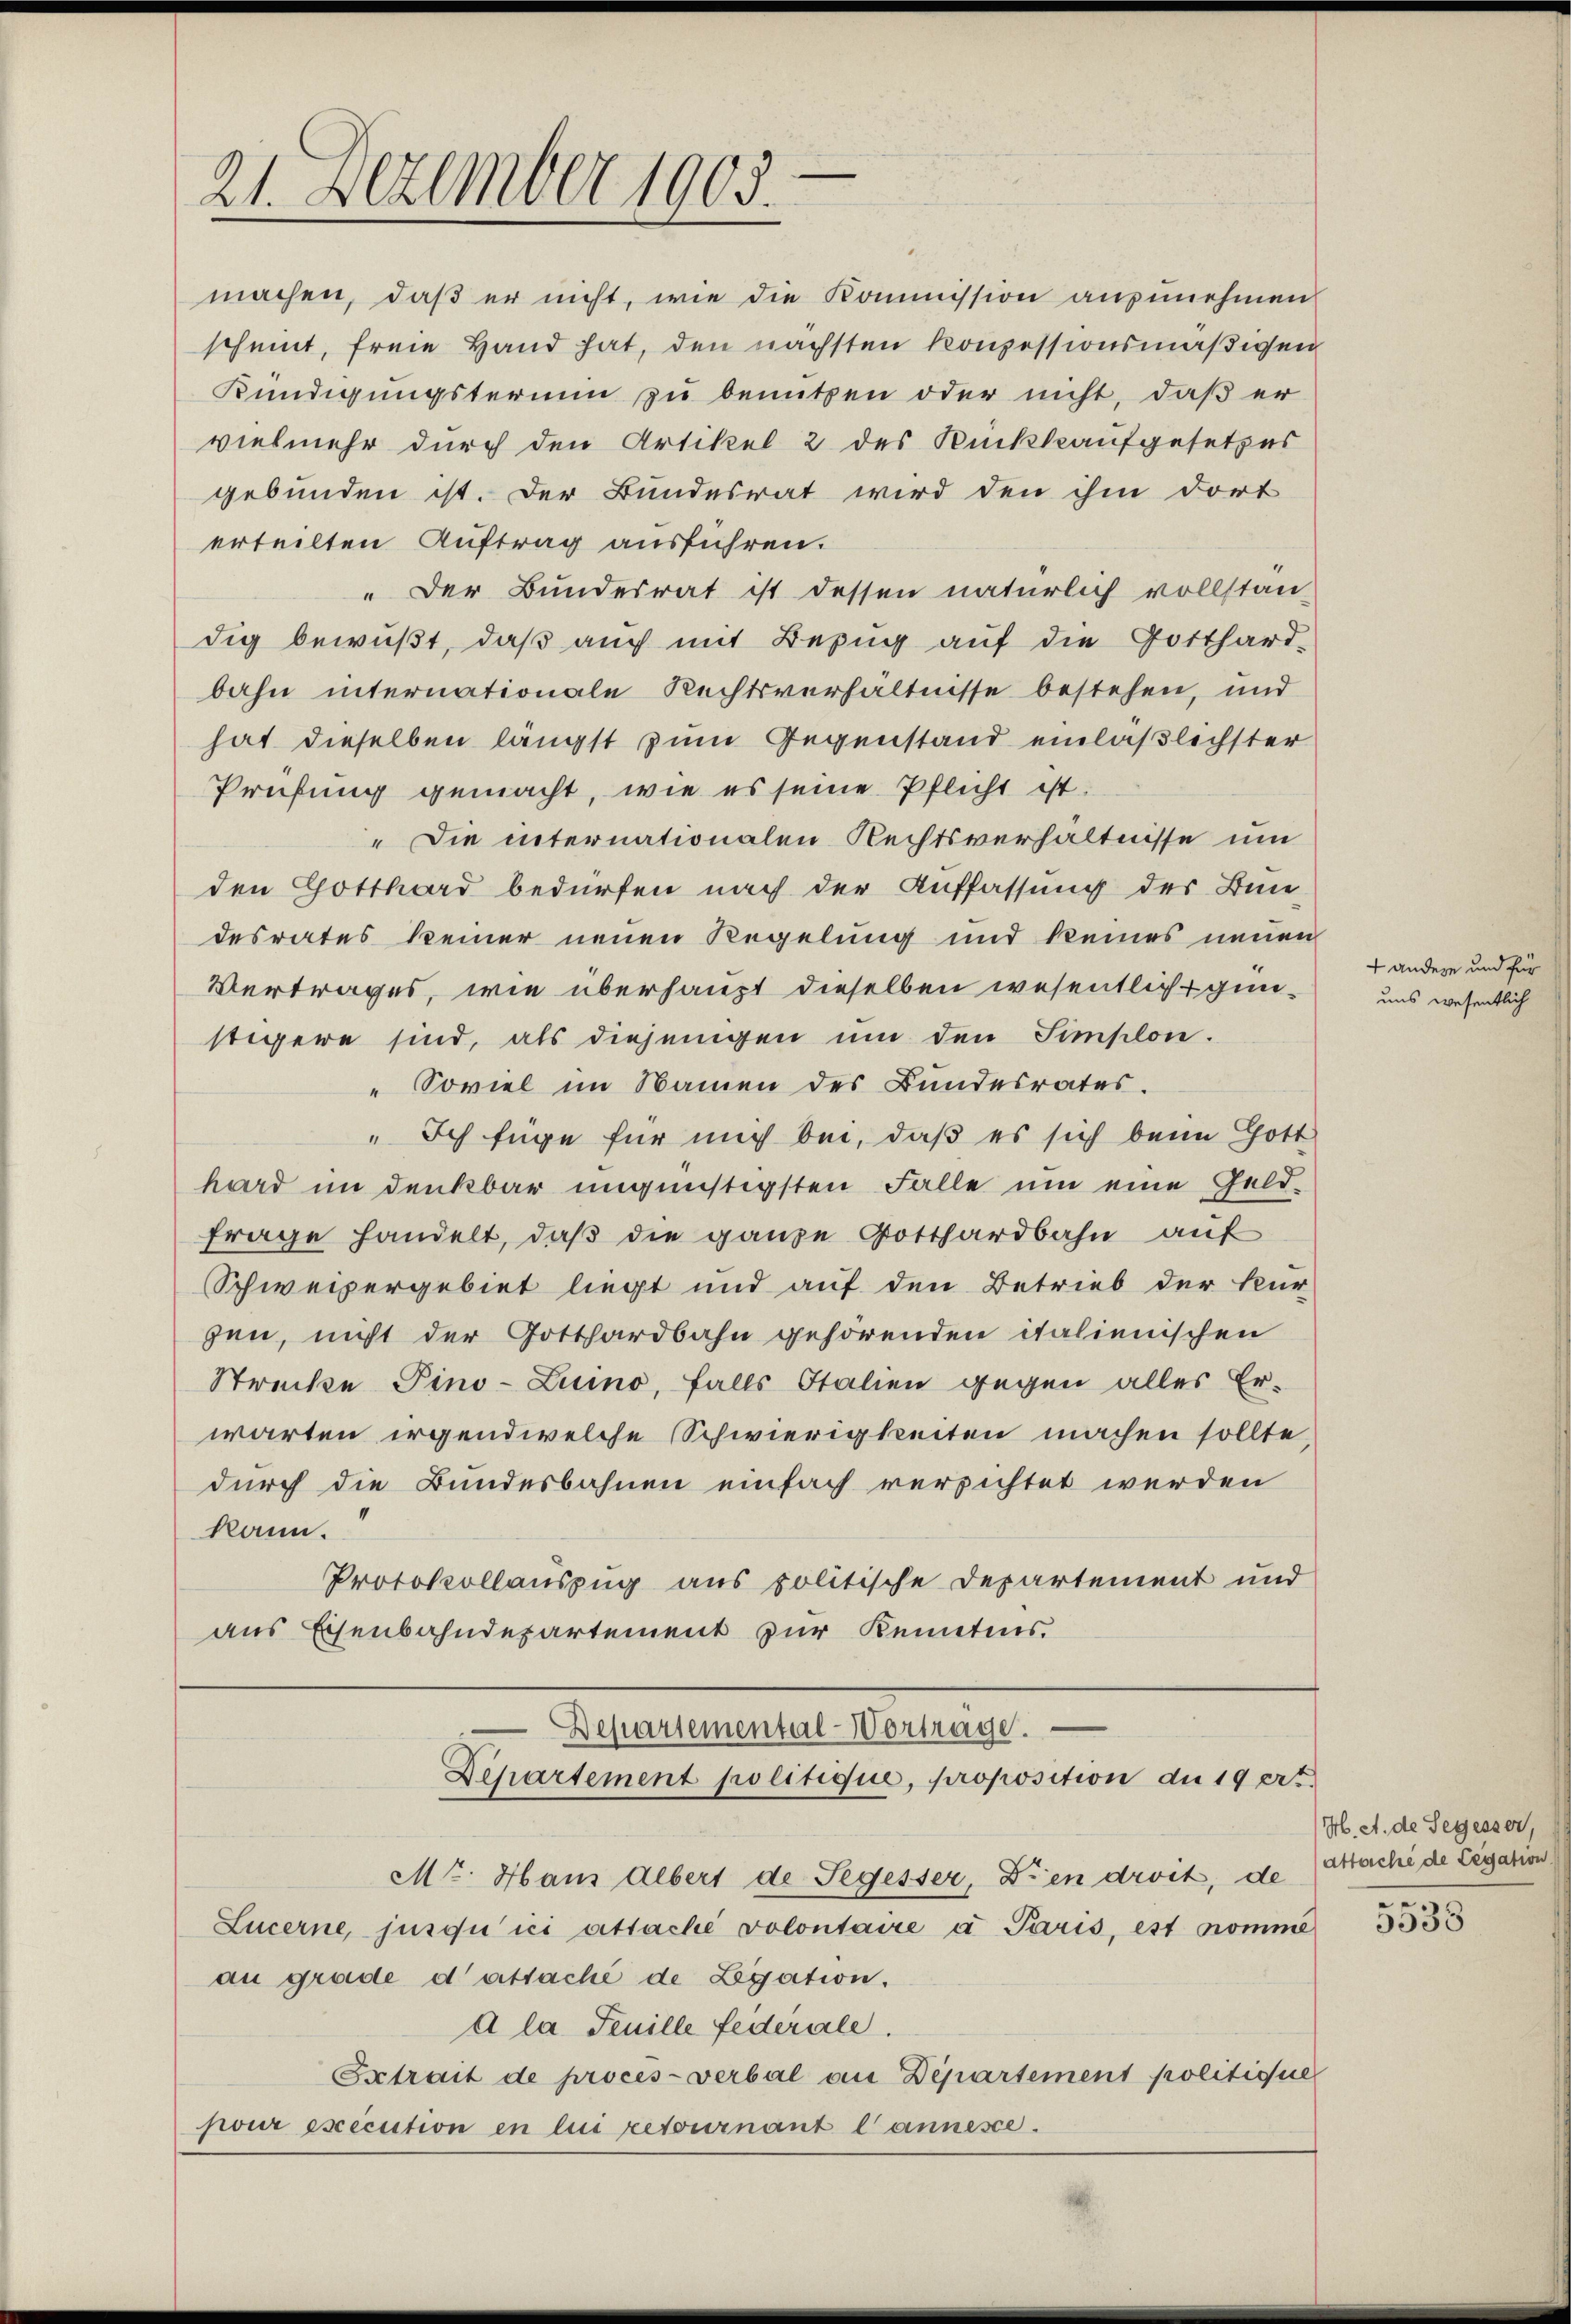
21. Dezember 1903.

machen, daß er nicht, wie die Kommission anzunehmen
scheint, freie Hand hat, den nächsten Konzessionsmäßigen
Kündigungsterin zu benutzen oder nicht, daß er
vielmehr durch den Artikel 2 des Rückkaufgesetzes
gebunden ist. Der Bundesrat wird den ihm dort
erteilten Auftrag ausführen.
" Der Bundesrat ist dessen natürlich vollstan-
dig bewußt, daß auch mit Bezug auf die Gotthard-
bahn internationale Rechtsverhältnisse bestehen, und
hat dieselben längst zum Gegenstand einläßlichster
Prüfung gemacht, wie es seine Pflicht ist.
" Die internationalen Rechtsverhältnisse um
den Gotthard bedürfen nach der Auffassung des Bun-
desrates keiner neuen Regelung und keines neuen
Vertrages, wie überhaupt dieselben wesentliche günstigere sind, als diejenigen ŭm den Simplon.
" Soviel im Namen des Bundesrates.
" Ich füge für mich bei, daß es sich beim Gott
hard im denkbar ungünstigsten Falle ŭm eine Geld-
Frage handelt, daß die ganze Gotthardbahn auf
Schweizergebiet liegt und auf den Betrieb der Kur-
gen, nicht der Gotthardbahn gehörenden italienischen
Strecke Pino-Luino, falls Italien gegen alles Er-
warten irgendwelche Schwierigkeiten machen sollte,
durch die Bundesbahnen einfach versichtet werden
kann.
Protokollauszug aus politische Departement und
aus Eisenbahndepartement zur Kenntnis.

Departemental Vortrage.
Departement politique, proposition du 19 ert

Mt. Hans Albert de Segesser, Dien droit, de attaché de Legation
Lucerne, jusqu’ici attache volontaire a Paris, est nomme
au grade d’attaché de Legation.
a la Feuille federale.
Extrait de procès-verbal an Departement politique
pour execution en lui retournant lannesse.

+ andere und für
uns wesentlich

H. A. de Segesser.

5538